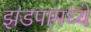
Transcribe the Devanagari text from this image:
झडपामध्ये